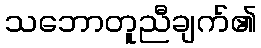
သဘောတူညီချက်၏